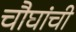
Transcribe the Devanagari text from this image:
चौघांची